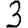
Digit: 3